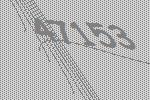
47153